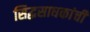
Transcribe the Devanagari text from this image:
सिद्धसाधकांची